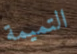
التميمة